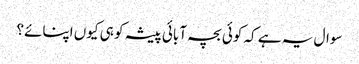
سوال یہ ہے کہ کوئی بچہ آبائی پیشہ کو ہی کیوں اپنائے؟